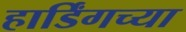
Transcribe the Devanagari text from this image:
हार्डिंगच्या